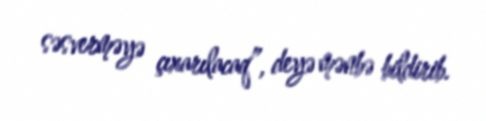
səsverməyə çıxarılacaq”, deyə mənbə bildirib.